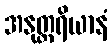
အနုတ္တရိယာနံ